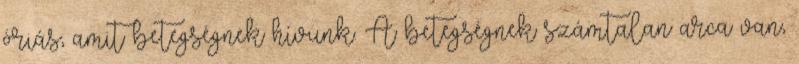
óriás, amit betegségnek hívunk. A betegségnek számtalan arca van,